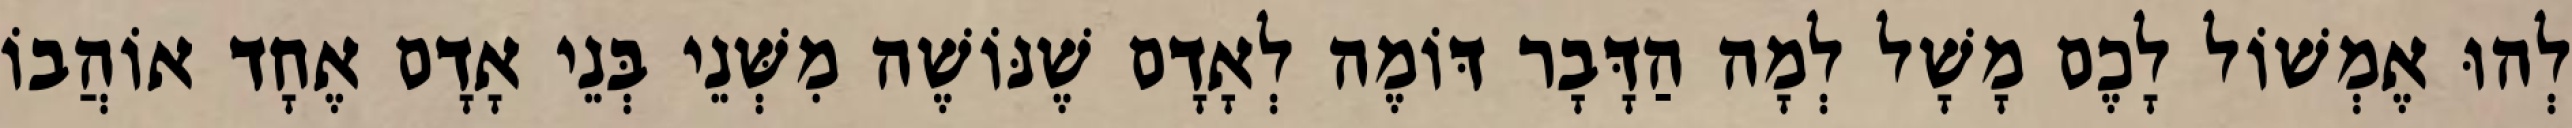
לְהוּ אֶמְשׁוֹל לָכֶם מָשָׁל לְמָה הַדָּבָר דּוֹמֶה לְאָדָם שֶׁנּוֹשֶׁה מִשְּׁנֵי בְּנֵי אָדָם אֶחָד אוֹהֲבוֹ